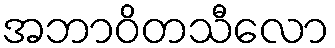
အဘာဝိတသီလော